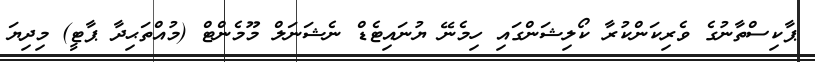
ޕާކިސްތާނުގެ ވެރިކަންކުރާ ކޯލިޝަންގައި ހިމެނޭ ޔުނައިޓެޑް ނެޝަނަލް މޫމެންޓް (މުއްތަޙިދާ ޕާޓީ) މިދިޔަ